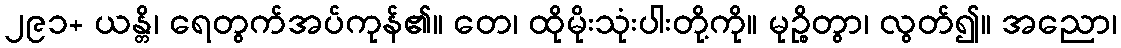
၂၉၁+ ယန္တိ၊ ရေတွက်အပ်ကုန်၏။ တေ၊ ထိုမိုးသုံးပါးတို့ကို။ မုဉ္စိတွာ၊ လွတ်၍။ အညော၊